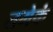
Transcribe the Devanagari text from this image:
तमेकं